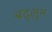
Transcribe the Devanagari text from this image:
बद्लुन